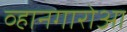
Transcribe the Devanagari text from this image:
व्हानगारोआ